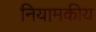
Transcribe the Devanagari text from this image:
नियामकीय